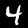
Label: 4